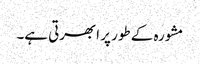
مشورہ کے طور پر ابھرتی ہے۔